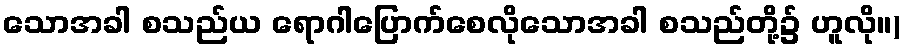
သောအခါ စသည်ယ ရောဂါပြောက်စေလိုသောအခါ စသည်တို့၌ ဟူလို။)